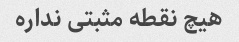
هیچ نقطه مثبتی نداره